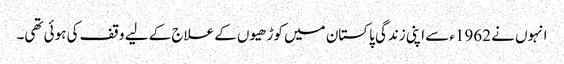
انہوں نے 1962ء سے اپنی زندگی پاکستان میں کوڑھیوں کے علاج کے لیے وقف کی ہوئی تھی۔